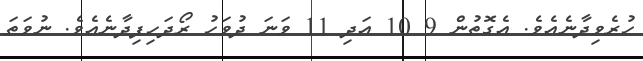
ހުރެވިދާނެއެވެ. އެގޮތުން 9 10 އަދި 11 ވަނަ ދުވަހު ރޯދަހިފިދާނެއެވެ. ނުވަތަ